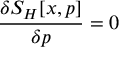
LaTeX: \frac { \delta S _ { H } [ x , p ] } { \delta p } = 0